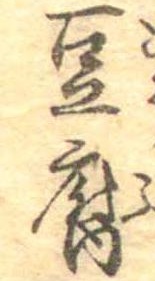
豆腐